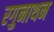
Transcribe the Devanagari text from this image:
रगुनाथन